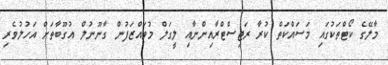
މާލޭގެ ކޯޓްތަކުގައި މަސައްކަތް ކުރާ ރަޖިސްޓްރާއިންނާއި ލީގަލް މުވައްޒަފުން ގާނޫނުލް އުގޫބާތަށް އަހުލުވެރި